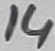
Text: 14